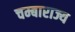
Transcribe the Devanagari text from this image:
चम्बाराज्य